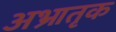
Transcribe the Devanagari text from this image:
अभ्रातृक